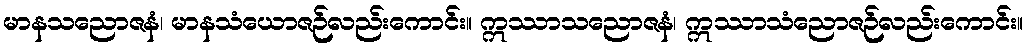
မာနသညောဇနံ၊ မာနသံယောဇဉ်လည်းကောင်း။ ဣဿာသညောဇနံ၊ ဣဿာသံညောဇဉ်လည်းကောင်း။